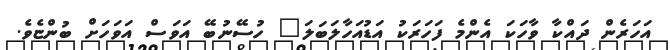
އަހަރެން ދައްކާ ވާހަކަ އެންމެ ފަހަރަކު އަޑުއަހާލަބަލަ" ހުސޭނުބޭ އަވަސް އަވަހަށް ބުންޏެވެ.